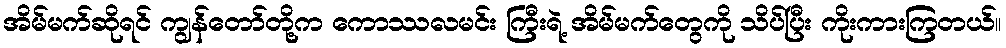
အိမ်မက်ဆိုရင် ကျွန်တော်တို့က ကောဿလမင်း ကြီးရဲ့ အိမ်မက်တွေကို သိပ်ပြီး ကိုးကားကြတယ်။